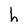
Character: h